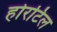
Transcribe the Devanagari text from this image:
होरटिल